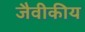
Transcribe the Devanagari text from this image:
जैवीकीय